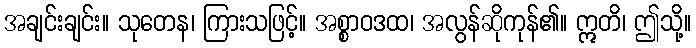
အချင်းချင်း။ သုတေန၊ ကြားသဖြင့်။ အစ္စာဝဒထ၊ အလွန်ဆိုကုန်၏။ ဣတိ၊ ဤသို့။